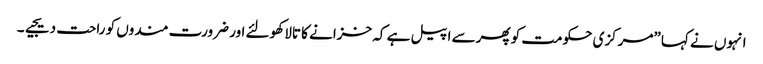
انہوں نے کہا ”مرکزی حکومت کو پھرسے اپیل ہے کہ خزانے کا تالا کھولئے اور ضرورت مندوں کو راحت دیجیے۔